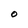
Character: O